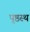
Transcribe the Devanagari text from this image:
पृष्ठस्थ